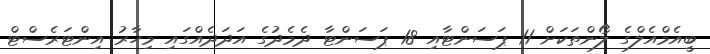
ބީއެމްއެލްގެ ލޯންތަކަށް 11 ޕަސަންޓާއި 18 ޕަސަންޓާ ދެމެދުގެ އަދަދެއްގައި މިހާރު އިންޓަރެސްޓް